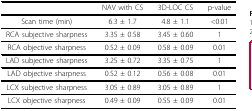
<table><thead><tr><td></td><td><b>NAV with CS</b></td><td><b>3D-LOC CS</b></td><td><b>p-value</b></td></tr></thead><tbody><tr><td>Scan time (min)</td><td>6.3 ± 1.7</td><td>4.8 ± 1.1</td><td>&lt;0.01</td></tr><tr><td>RCA subjective sharpness</td><td>3.35 ± 0.58</td><td>3.45 ± 0.60</td><td>1</td></tr><tr><td>RCA objective sharpness</td><td>0.52 ± 0.09</td><td>0.58 ± 0.09</td><td>0.01</td></tr><tr><td>LAD subjective sharpness</td><td>3.25 ± 0.72</td><td>3.35 ± 0.75</td><td>1</td></tr><tr><td>LAD objective sharpness</td><td>0.52 ± 0.12</td><td>0.56 ± 0.08</td><td>0.01</td></tr><tr><td>LCX subjective sharpness</td><td>3.05 ± 0.89</td><td>3.05 ± 0.89</td><td>1</td></tr><tr><td>LCX objective sharpness</td><td>0.49 ± 0.09</td><td>0.55 ± 0.09</td><td>0.01</td></tr></tbody></table>